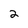
Character: 2